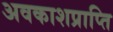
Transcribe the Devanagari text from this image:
अवकाशप्राप्ति